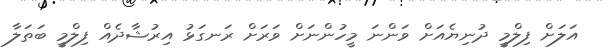
އަލަށް ފިލްމީ ދުނިޔެއަށް ވަންނަ މީހުންނަށް ވަރަށް ރަނގަޅު އިރުޝާދެއް ފިލްމީ ބަތަލާ